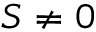
{ \cal S } \ne 0